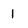
Character: 1